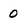
Character: 0